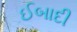
ઈબાદી